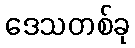
ဒေသတစ်ခု